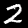
Label: 2